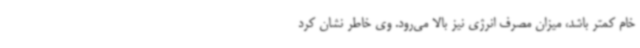
خام کمتر باشد، میزان مصرف انرژی نیز بالا می‌رود. وی خاطر نشان کرد